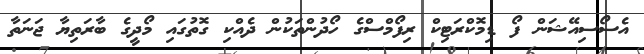
އެސޯސިއޭޝަން ފޯ ޑިމޮކްރަޓިކް ރިފޯމްސްގެ ހޯދުންތަކުން ދެއްކި ގޮތުގައި މޯދީގެ ބާރަތިޔާ ޖަނަތާ